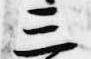
三